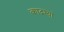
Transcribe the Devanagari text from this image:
कादश्यां